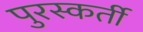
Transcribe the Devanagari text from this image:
पुरस्कर्ती